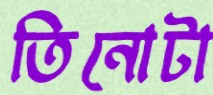
তিনোটা